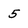
Character: 5